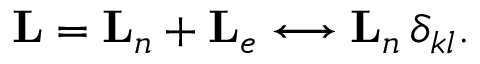
{ \mathbf { L } } = { \mathbf { L } } _ { n } + { \mathbf { L } } _ { e } \longleftrightarrow { \mathbf { L } } _ { n } \, \delta _ { k l } .